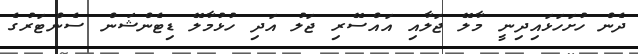
ދެން ހުށަހަޅައިދިނީ މާލޭ ޖަލާއި އައްސޭރި ޖަލު އަދި ހުޅުމާލޭ ޑިޓެންޝަން ސެންޓަރުގެ